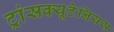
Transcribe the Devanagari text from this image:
ट्रांसक्यूटेनियस